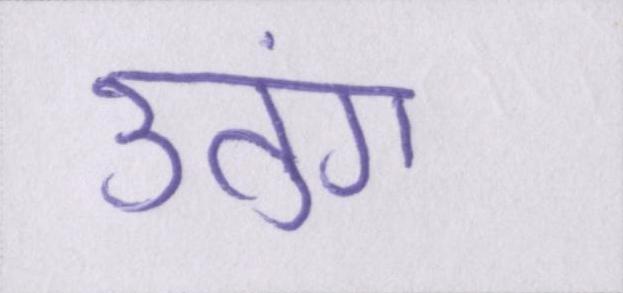
उतुंग